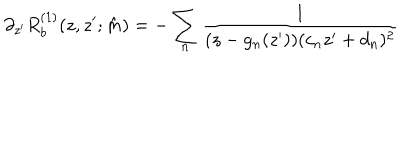
\partial _ { z ^ { \prime } } R _ { b } ^ { ( 1 ) } ( z , z ^ { \prime } ; \hat { m } ) = - \sum _ { n } \frac { 1 } { ( z - g _ { n } ( z ^ { \prime } ) ) ( c _ { n } z ^ { \prime } + d _ { n } ) ^ { 2 } }